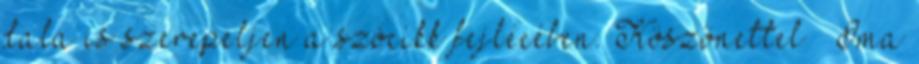
dala is szerepeljen a szócikk fejlécében. Köszönettel – Ima